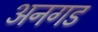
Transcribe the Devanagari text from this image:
अनगड